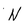
Character: N